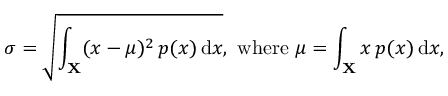
\sigma = { \sqrt { \int _ { \mathbf { X } } ( x - \mu ) ^ { 2 } \, p ( x ) \, \mathrm { { d } } x } } , { \mathrm { ~ w h e r e ~ } } \mu = \int _ { \mathbf { X } } x \, p ( x ) \, \mathrm { { d } } x ,